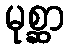
မုစ္ဆာ